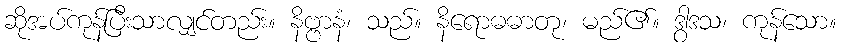
ဆိုအပ်ကုန်ပြီးသာလျှင်တည်း။ နိဗ္ဗာနံ၊ သည်။ နိရောဓဓာတု၊ မည်၏။ ဒွါဒသ၊ ကုန်သော။